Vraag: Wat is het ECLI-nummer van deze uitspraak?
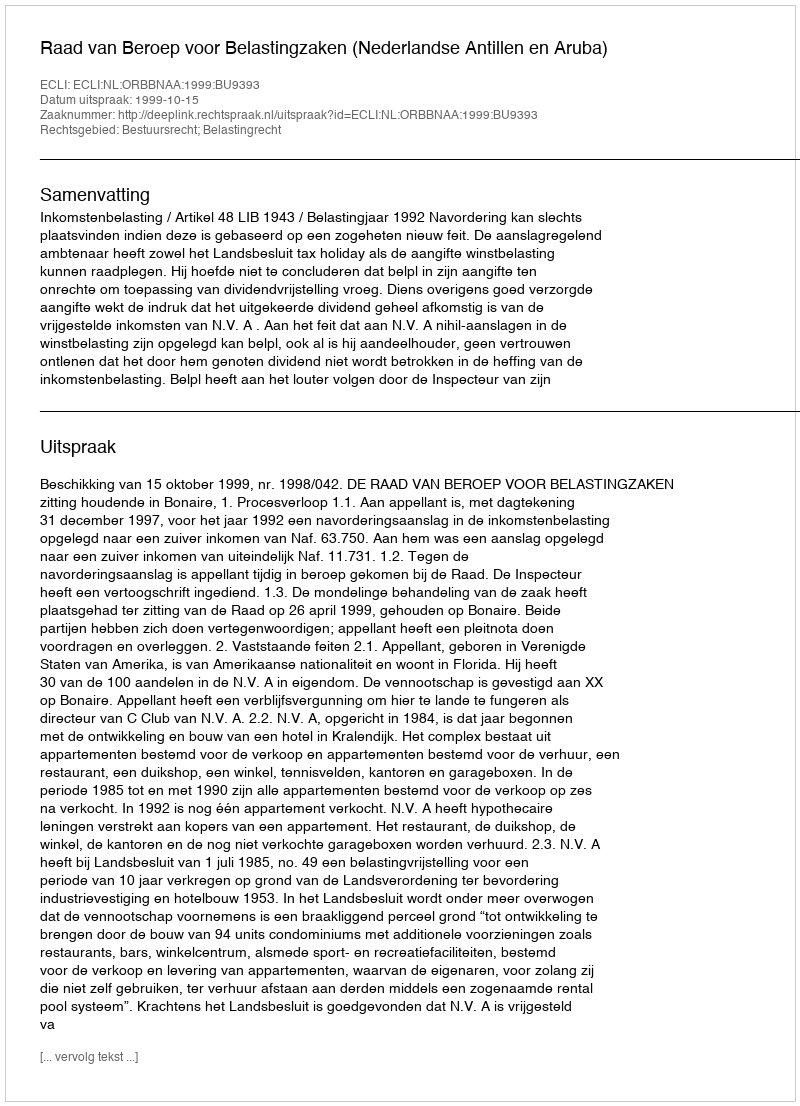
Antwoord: ECLI:NL:ORBBNAA:1999:BU9393